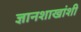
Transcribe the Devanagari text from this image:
ज्ञानशाखांशी